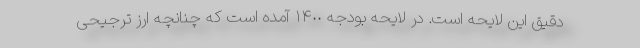
دقیق این لایحه است. در لایحه بودجه ١۴٠٠ آمده است که چنانچه ارز ترجیحی